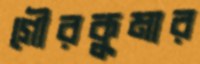
গৌরকুমার